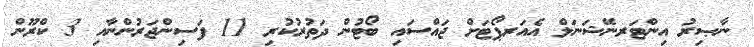
ނާޞިރު އިންޓަރނޭޝަނަލް އެއަރޕޯޓަށް ޖައްސައި ބޯޓުން ދަތުރުކުރި 11 ފަސިންޖަރުންނާއި 3 ކްރޫން